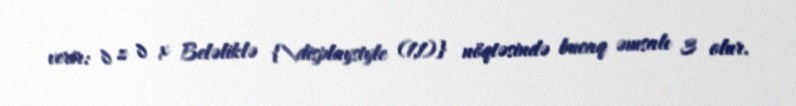
verir: ∂ z ∂ x Beləliklə {\displaystyle (1,1)} nöqtəsində bucaq əmsalı 3 olur.